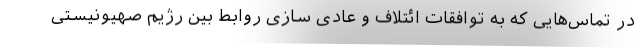
در تماس‌هایی که به توافقات ائتلاف و عادی سازی روابط بین رژیم صهیونیستی